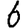
Digit: 6